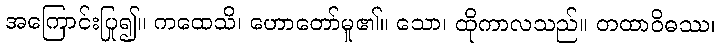
အကြောင်းပြု၍။ ကထေသိ၊ ဟောတော်မူ၏။ သော၊ ထိုကာလသည်။ တထာဝိဓဿ၊